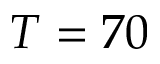
T = 7 0